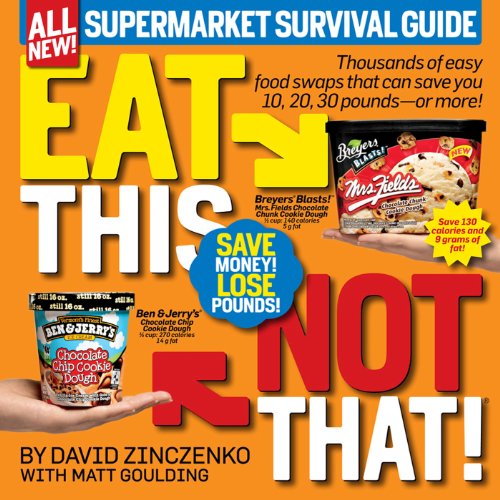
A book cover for Eat This Not That! Supermarket Survival Guide: The No-Diet Weight Loss Solution; David Zinczenko; Reference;